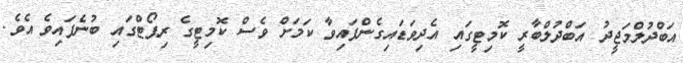
އަބްދުލްމަޖީދު އަބްދުލްބާރީ ކޮމިޓީގައި އެދިވަޑައިގެންފައިވާ ކަމަށް ވެސް ކޮމިޓީގެ ރިޕޯޓްގައި ބުނެފައިވެ އެވެ.